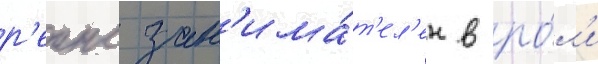
р'еинс зан'има́т'ел'ен в ро́л'и